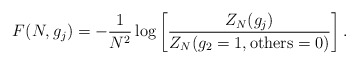
\begin{align*}F(N,g_j) = - \frac{1}{N^2} \log \left[\frac{Z_N(g_j)}{Z_N(g_2=1, \mbox{others}=0)}\right]. \end{align*}